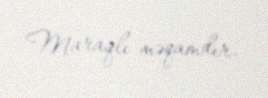
Maraqlı məqamdır.